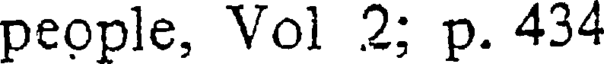
people, Vol 2; p. 434